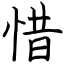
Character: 惜